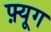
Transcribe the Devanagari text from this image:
फ़्यूग